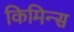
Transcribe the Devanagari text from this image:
किमिन्स